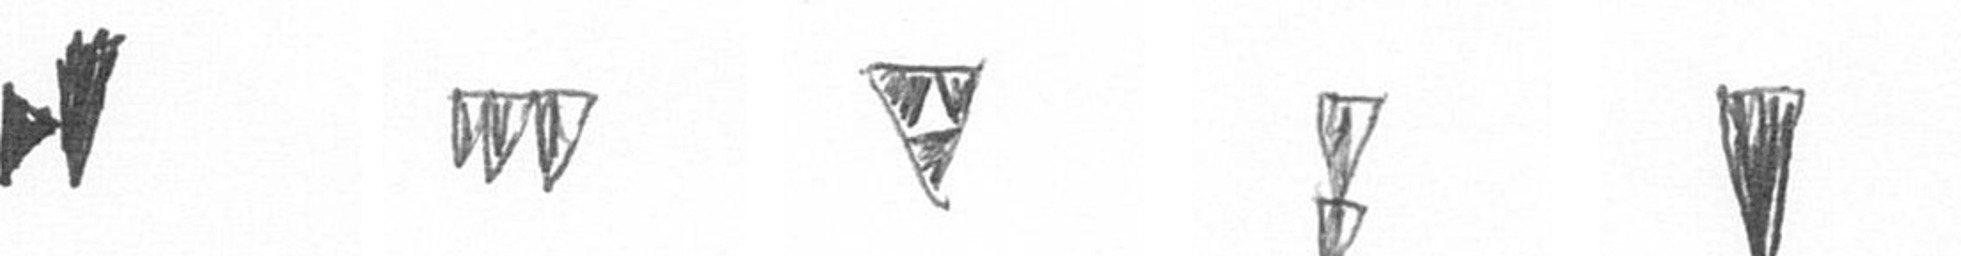
M L S Z J